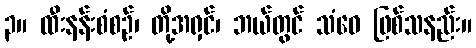
၃။ ထီးနန်းစံစဉ်၊ တို့အရှင်၊ ဘယ်တွင် သံဝေ ဖြစ်သနည်း။